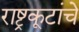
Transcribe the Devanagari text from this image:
राष्ट्रकूटांचे